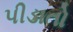
પીડાતો